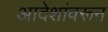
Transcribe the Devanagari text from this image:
आदेशांवरून